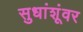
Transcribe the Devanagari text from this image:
सुधांशूंवर